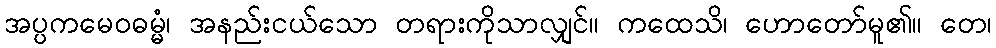
အပ္ပကမေဝဓမ္မံ၊ အနည်းငယ်သော တရားကိုသာလျှင်။ ကထေသိ၊ ဟောတော်မူ၏။ တေ၊